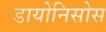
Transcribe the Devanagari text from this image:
डायोनिसोस